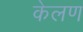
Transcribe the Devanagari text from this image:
केलण